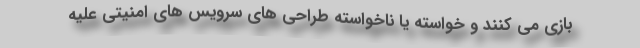
بازی می کنند و خواسته یا ناخواسته طراحی های سرویس های امنیتی علیه